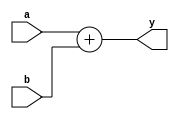
module adder #(parameter N=8)
              (input [N-1:0] a, b,
               output [N-1:0] y);
             
assign y = a + b;

endmodule